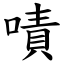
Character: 嘖